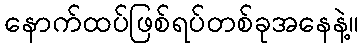
နောက်ထပ်ဖြစ်ရပ်တစ်ခုအနေနဲ့။